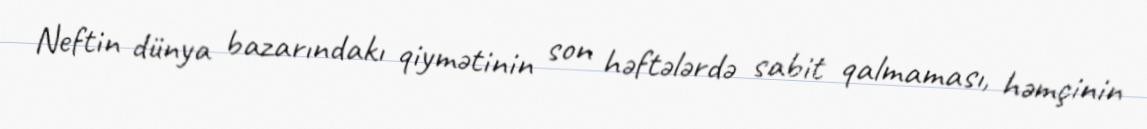
Neftin dünya bazarındakı qiymətinin son həftələrdə sabit qalmaması, həmçinin